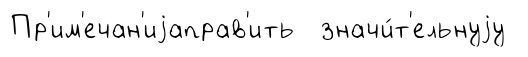
Пр'им'ечан'иjаправ'ить значи́т'ельнуjу